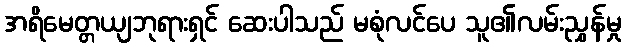
အရိမေတ္တယျဘုရားရှင် ဆေးပါသည် မစုံလင်ပေ သူ၏လမ်းညွှန်မှု